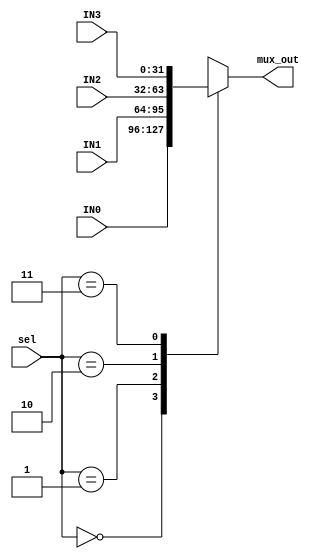
module FourToOne_mux #(parameter WIDTH = 32)
(
	input wire [WIDTH-1:0] IN0,
	input wire [WIDTH-1:0] IN1,
	input wire [WIDTH-1:0] IN2,
	input wire [WIDTH-1:0] IN3,
	input wire [1:0] 	   sel,
	output reg [WIDTH-1:0] mux_out
);

	always @(*) begin
		mux_out = 'b0;
		case (sel)
			2'b00 : mux_out = IN0;
			2'b01 : mux_out = IN1;
			2'b10 : mux_out = IN2;
			2'b11 : mux_out = IN3;
		endcase
	end

endmodule